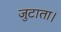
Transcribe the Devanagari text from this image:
जुटाता।